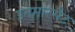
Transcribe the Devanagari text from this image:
इनमारसैट